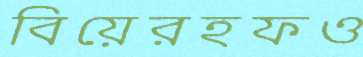
বিয়েরহফও